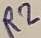
Text: R2